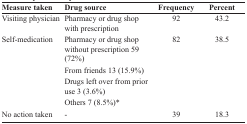
<table><thead><tr><td><b>Measure taken</b></td><td><b>Drug source</b></td><td><b>Frequency</b></td><td><b>Percent</b></td></tr></thead><tbody><tr><td>Visiting physician</td><td>Pharmacy or drug shop with prescription</td><td>92</td><td>43.2</td></tr><tr><td>Self-medication</td><td>Pharmacy or drug shop without prescription 59 (72%)</td><td>82</td><td>38.5</td></tr><tr><td></td><td>From friends 13 (15.9%)</td><td></td><td></td></tr><tr><td></td><td>Drugs left over from prior use 3 (3.6%)</td><td></td><td></td></tr><tr><td></td><td>Others 7 (8.5%)*</td><td></td><td></td></tr><tr><td>No action taken</td><td>-</td><td>39</td><td>18.3</td></tr></tbody></table>